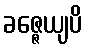
ခဇ္ဇေယျပိ